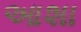
આશા